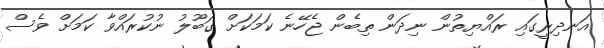
އަނދިރީގައި ރައްޔިތުން ނިދަން ތިބެން ޖެހޭނެ ކަމަކަށް ގަބޫލު ނުކުރައްވާ ކަމަށް ވެސް